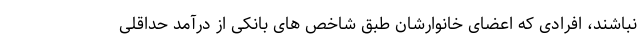
نباشند، افرادی که اعضای خانوارشان طبق شاخص های بانکی از درآمد حداقلی